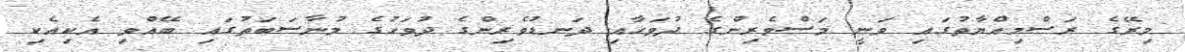
މިރޭގެ ރަސްމިއްޔާތުގައި ވަނީ މަސްވެރިންގެ ދުވަހާއި ދަނޑުވެރިންގެ ދުވަހުގެ މުނާސަބަތުގައި ބޭއްވި އެކިއެކި